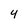
Character: 4